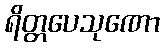
ရိတ္တပေသုဏော